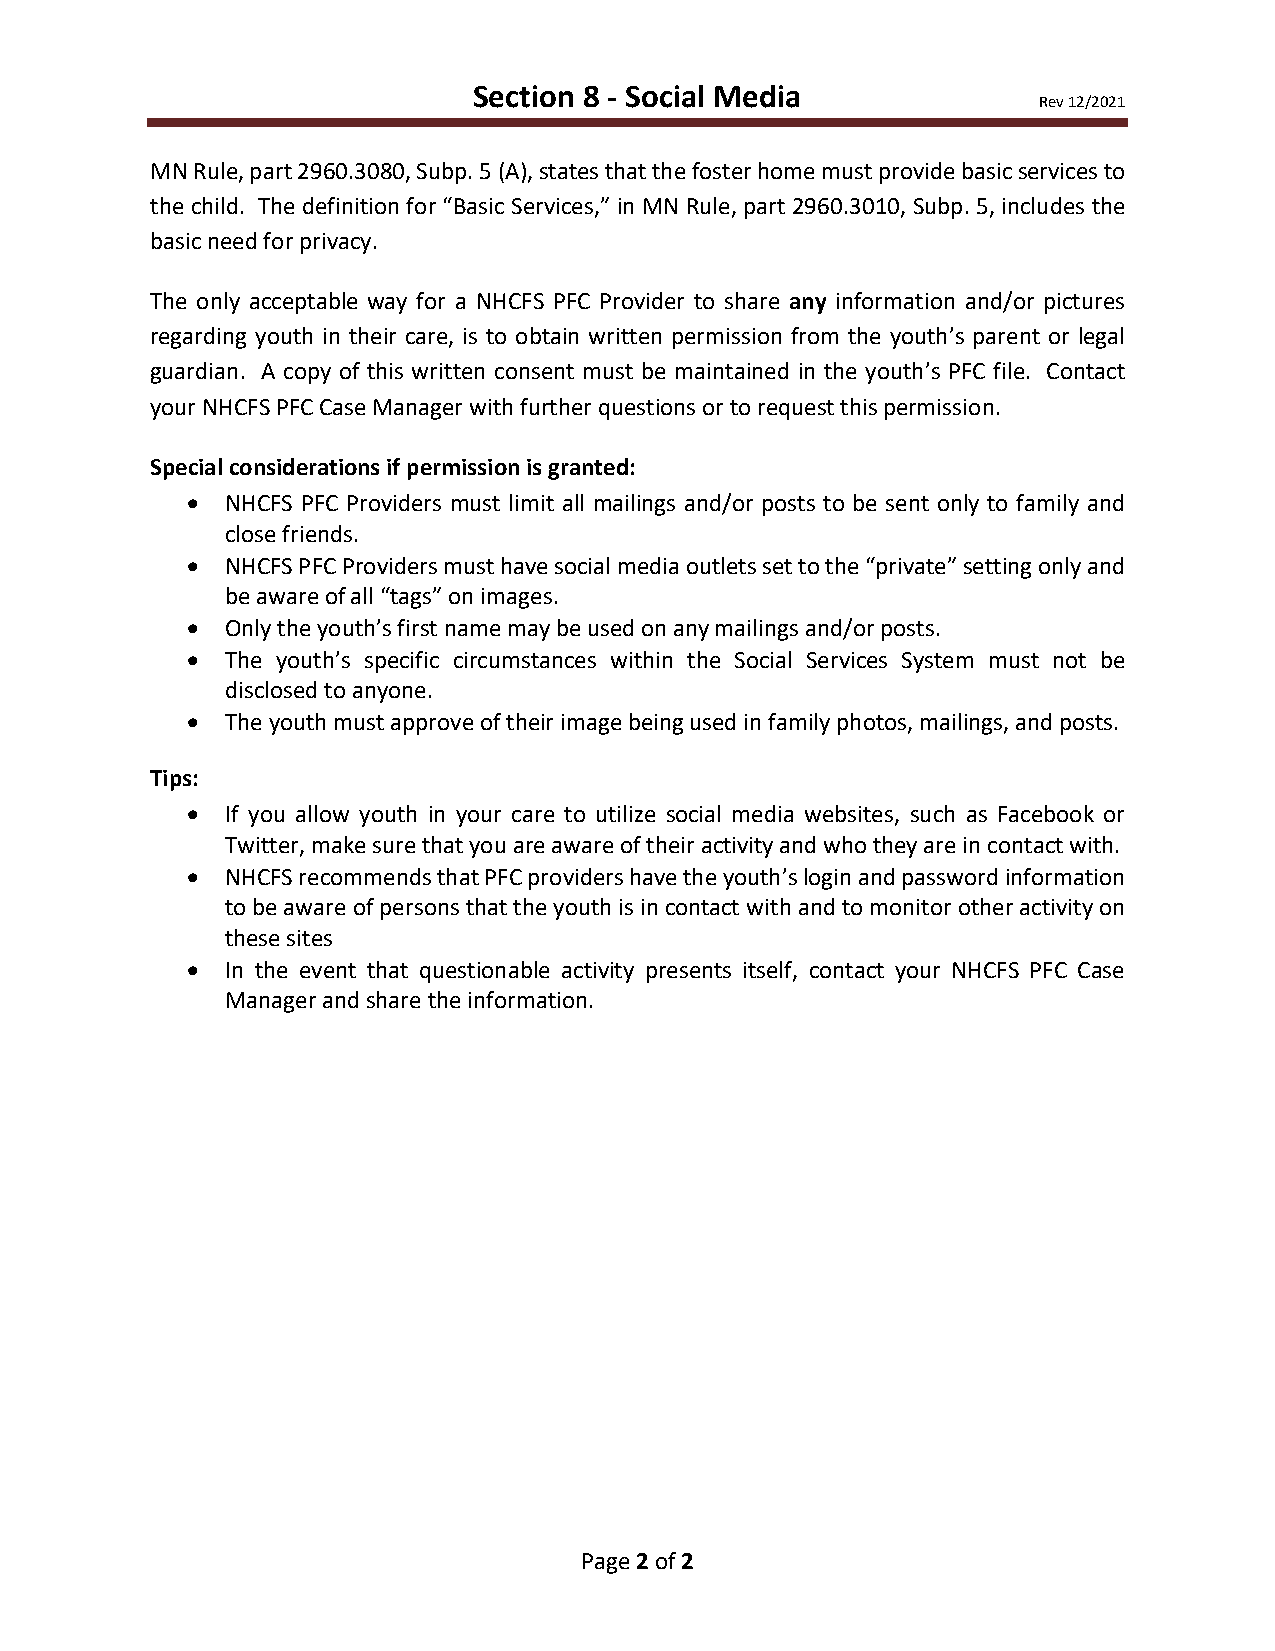
Section 8 - Social Media
 Rev 12/2021
 MN Rule, part 2960.3080, Subp. 5 (A), states that the foster home must provide basic services to
 the child. The definition for “Basic Services,” in MN Rule, part 2960.3010, Subp. 5, includes the
 basic need for privacy.
 The only acceptable way for a NHCFS PFC Provider to share any information and/or pictures
 regarding youth in their care, is to obtain written permission from the youth’s parent or legal
 guardian. A copy of this written consent must be maintained in the youth’s PFC file. Contact
 your NHCFS PFC Case Manager with further questions or to request this permission.
 Special considerations if permission is granted:
 •  NHCFS PFC Providers must limit all mailings and/or posts to be sent only to family and
 close friends.
 •  NHCFS PFC Providers must have social media outlets set to the “private” setting only and
 be aware of all “tags” on images.
 •  Only the youth’s first name may be used on any mailings and/or posts.
 •  The youth’s specific circumstances within the Social Services System must not be
 disclosed to anyone.
 •  The youth must approve of their image being used in family photos, mailings, and posts.
 Tips:
 •  If you allow youth in your care to utilize social media websites, such as Facebook or
 Twitter, make sure that you are aware of their activity and who they are in contact with.
 •  NHCFS recommends that PFC providers have the youth’s login and password information
 to be aware of persons that the youth is in contact with and to monitor other activity on
 these sites
 •  In the event that questionable activity presents itself, contact your NHCFS PFC Case
 Manager and share the information.
 Page 2 of 2